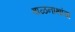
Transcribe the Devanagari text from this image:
बाळनाथांचा